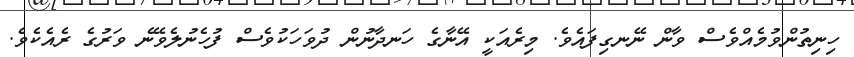
ހިނިތުންވުމެއްވެސް ވާން ނޭނގިފައެވެ. މިރެއަކީ އޭނާގެ ހަނދާނުން ދުވަހަކުވެސް ފުހެނުލެވޭނެ ވަރުގެ ރެއެކެވެ.